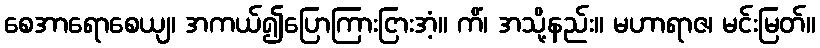
စေအာရောစေယျ၊ အကယ်၍ပြောကြားငြားအံ့။ ကိံ၊ အသို့နည်း။ မဟာရာဇ၊ မင်းမြတ်။